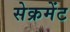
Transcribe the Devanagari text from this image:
सेक्रमेंट